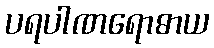
ပရပါဏရောဓာယ